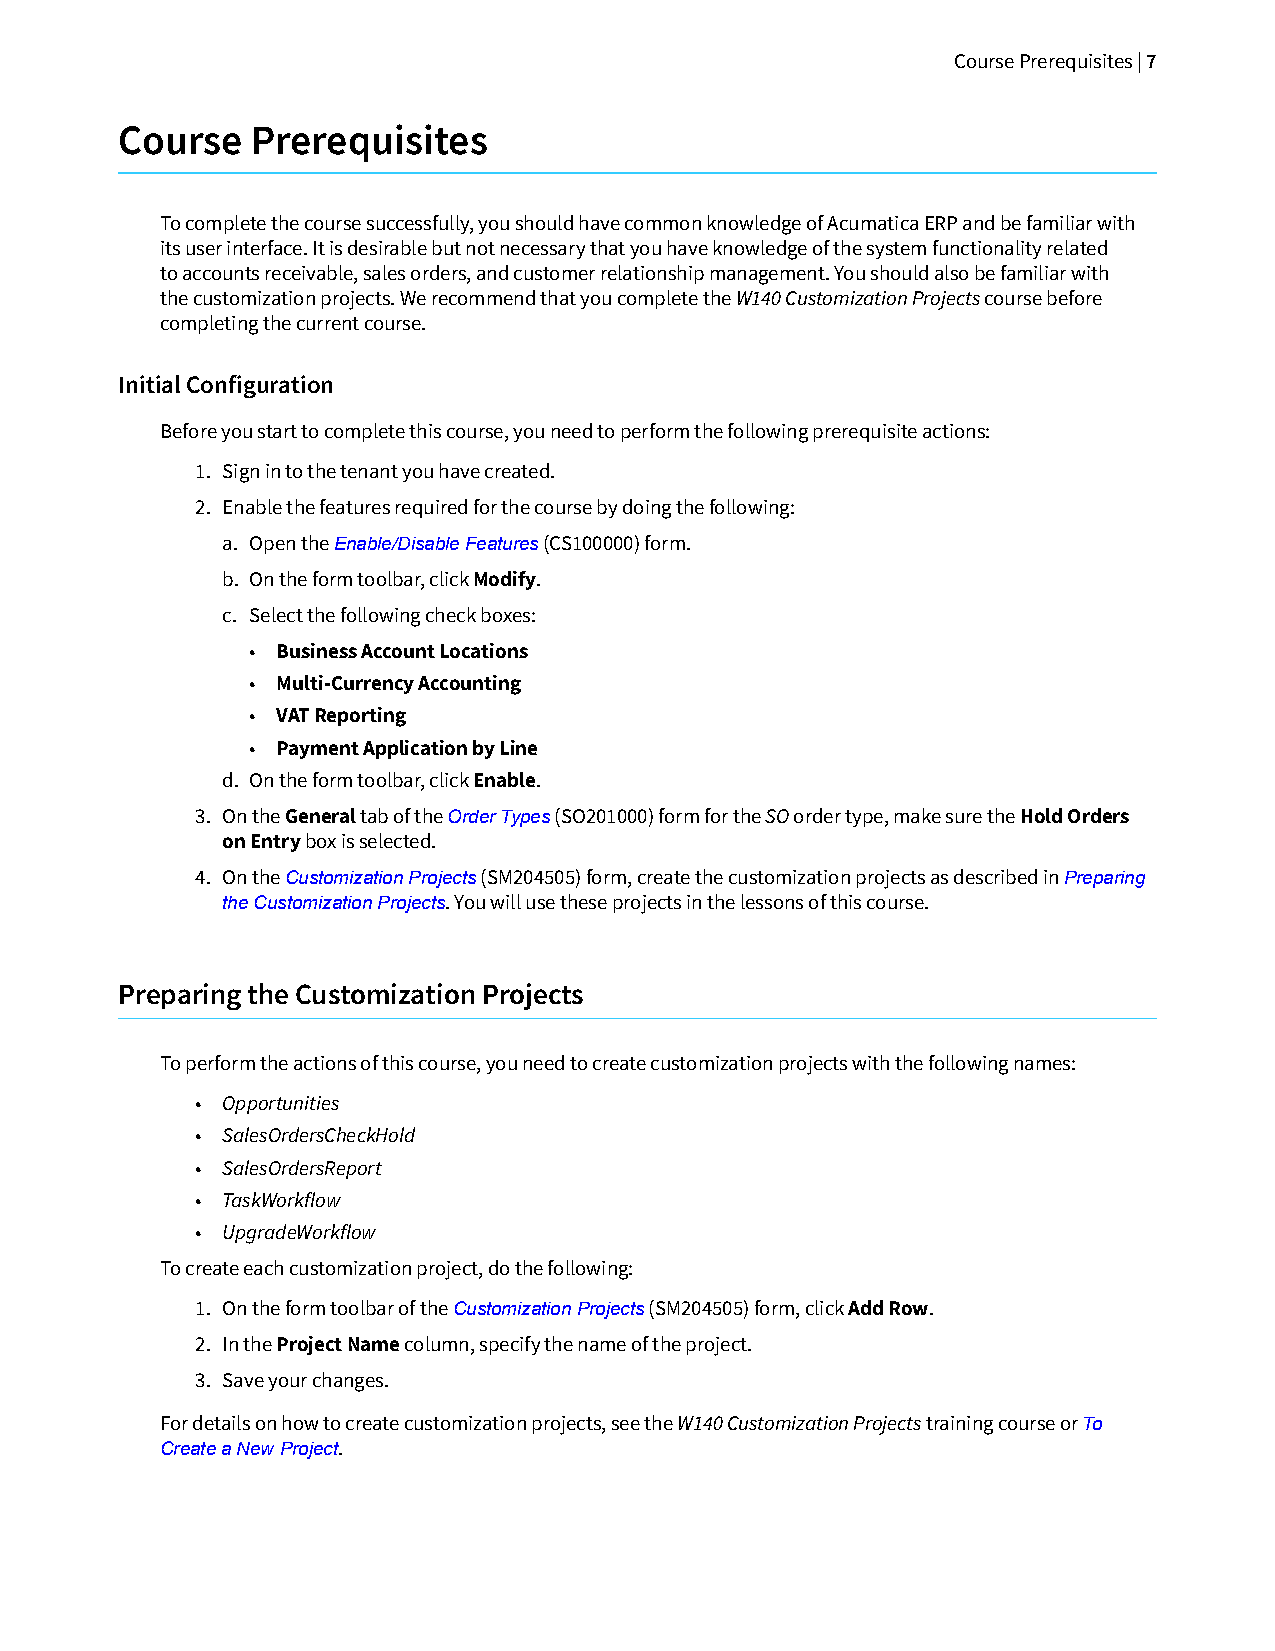
Course Prerequisites | 7
 Course   Prerequisites
 To complete the course successfully, you should have common knowledge of Acumatica ERP and be familiar with
 its user interface. It is desirable but not necessary that you have knowledge of the system functionality related
 to accounts receivable, sales orders, and customer relationship management. You should also be familiar with
 the customization projects. We recommend that you complete the W140 Customization Projects course before
 completing the current course.
 Initial Configuration
 Before you start to complete this course, you need to perform the following prerequisite actions:
 1. Sign in to the tenant you have created.
 2. Enable the features required for the course by doing the following:
 a. Open the Enable/Disable Features (CS100000) form.
 b. On the form toolbar, click Modify.
 c. Select the following check boxes:
 • Business Account Locations
 • Multi-Currency Accounting
 • VAT Reporting
 • Payment Application by Line
 d. On the form toolbar, click Enable.
 3. On the General tab of the Order Types (SO201000) form for the SO order type, make sure the Hold Orders
 on Entry box is selected.
 4. On the Customization Projects (SM204505) form, create the customization projects as described in Preparing
 the Customization Projects. You will use these projects in the lessons of this course.
 Preparing the Customization Projects
 To perform the actions of this course, you need to create customization projects with the following names:
 • Opportunities
 • SalesOrdersCheckHold
 • SalesOrdersReport
 • TaskWorkflow
 • UpgradeWorkflow
 To create each customization project, do the following:
 1. On the form toolbar of the Customization Projects (SM204505) form, click Add Row.
 2. In the Project Name column, specify the name of the project.
 3. Save your changes.
 For details on how to create customization projects, see the W140 Customization Projects training course or To
 Create a New Project.